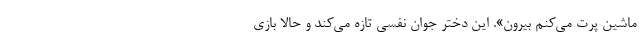
ماشین پرت می‌کنم بیرون». این دختر جوان نفسی تازه می‌کند و حالا بازی